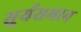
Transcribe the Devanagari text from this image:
सूर्यसमान